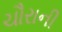
ચૌરાની